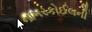
નાગરકોઈલની